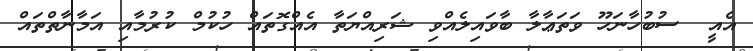
އެއީ  ސުބުހާނަހޫ ވަތަޢާލާ ބާވައިލެއްވި ޝަރިއްޔަތާ އެއްގޮތައް ހުކުމް ކުރުމާއި އަމާނާތްތައް